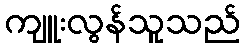
ကျူးလွန်သူသည်